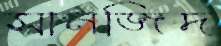
সানজিদ